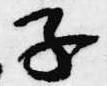
子